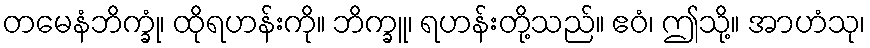
တမေနံဘိက္ခုံ၊ ထိုရဟန်းကို။ ဘိက္ခူ၊ ရဟန်းတို့သည်။ ဧဝံ၊ ဤသို့။ အာဟံသု၊